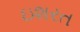
ઇશરત